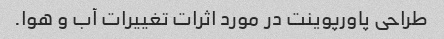
طراحی پاورپوینت در مورد اثرات تغییرات آب و هوا.